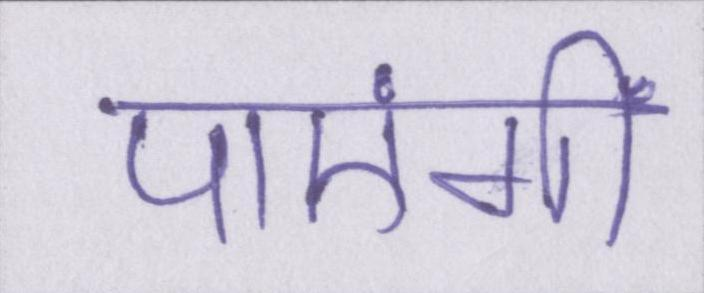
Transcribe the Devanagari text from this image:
पाएंगीं